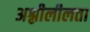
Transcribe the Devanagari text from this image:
अश्लीलीलता